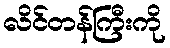
လိင်တန်ကြီးကို